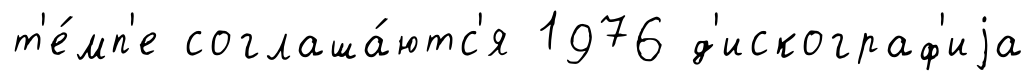
т'е́мп'е соглаша́ютс'я 1976 д'искограф'иjа